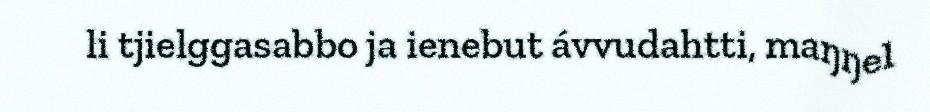
li tjielggasabbo ja ienebut ávvudahtti, maŋŋel